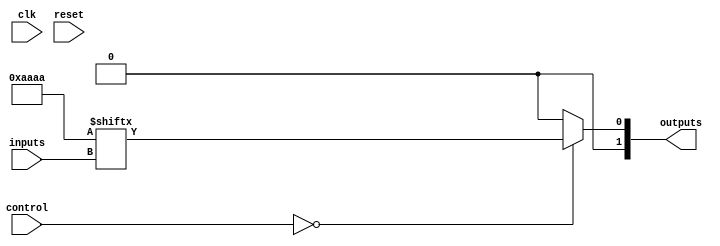
module CLB (
    input  wire [N-1:0]  inputs,        // N input pins
    input  wire [M-1:0]  control,       // Control signals for multiplexer
    output wire [P-1:0]  outputs,       // P output pins
    input  wire          clk,            // Clock signal (for timing considerations)
    input  wire          reset           // Reset signal
);

parameter N = 4; // Number of inputs
parameter M = 2; // Number of control signals for multiplexer
parameter P = 2; // Number of outputs

// LUT - Look-Up Table
reg [2**N-1:0] lut; // LUT storage for 2^N entries
wire [P-1:0] lut_out;

// Combinational logic based on the LUT
always @(*) begin
    lut_out = lut[inputs]; // Access LUT based on input values
end

// Optional Multiplexer for output selection
reg [P-1:0] mux_out;
always @(*) begin
    case (control)
        2'b00: mux_out = lut_out; // Select LUT output
        2'b01: mux_out = {lut_out[P-1:1], 1'b0}; // Example manipulation
        2'b10: mux_out = {1'b0, lut_out[P-1:1]}; // Example manipulation
        default: mux_out = {P{1'b0}}; // Default case
    endcase
end

// Output assignment
assign outputs = mux_out;

// LUT initialization - this would typically be configurable
initial begin
    lut = 16'b1010101010101010; // Example LUT initialization for N=4
end

// Feedback path (optional)
reg [N-1:0] feedback;
always @(posedge clk or posedge reset) begin
    if (reset) begin
        feedback <= 0; // Reset feedback on reset signal
    end else begin
        feedback <= inputs; // Example feedback from inputs
    end
end

endmodule